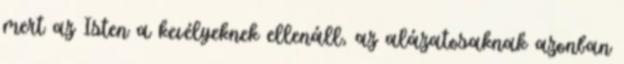
mert az Isten a kevélyeknek ellenáll, az alázatosaknak azonban